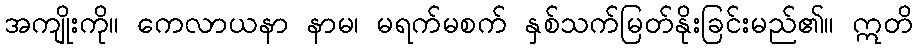
အကျိုးကို။ ကေလာယနာ နာမ၊ မရက်မစက် နှစ်သက်မြတ်နိုးခြင်းမည်၏။ ဣတိ